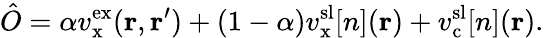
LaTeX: \hat{O}=\alpha v_{\mathrm{x}}^{\mathrm{ex}}(\mathbf{r},\mathbf{r}^{\prime})+(1-\alpha)v_{\mathrm{x}}^{\mathrm{sl}}[n](\mathbf{r})+v_{\mathrm{c}}^{\mathrm{sl}}[n](\mathbf{r}).